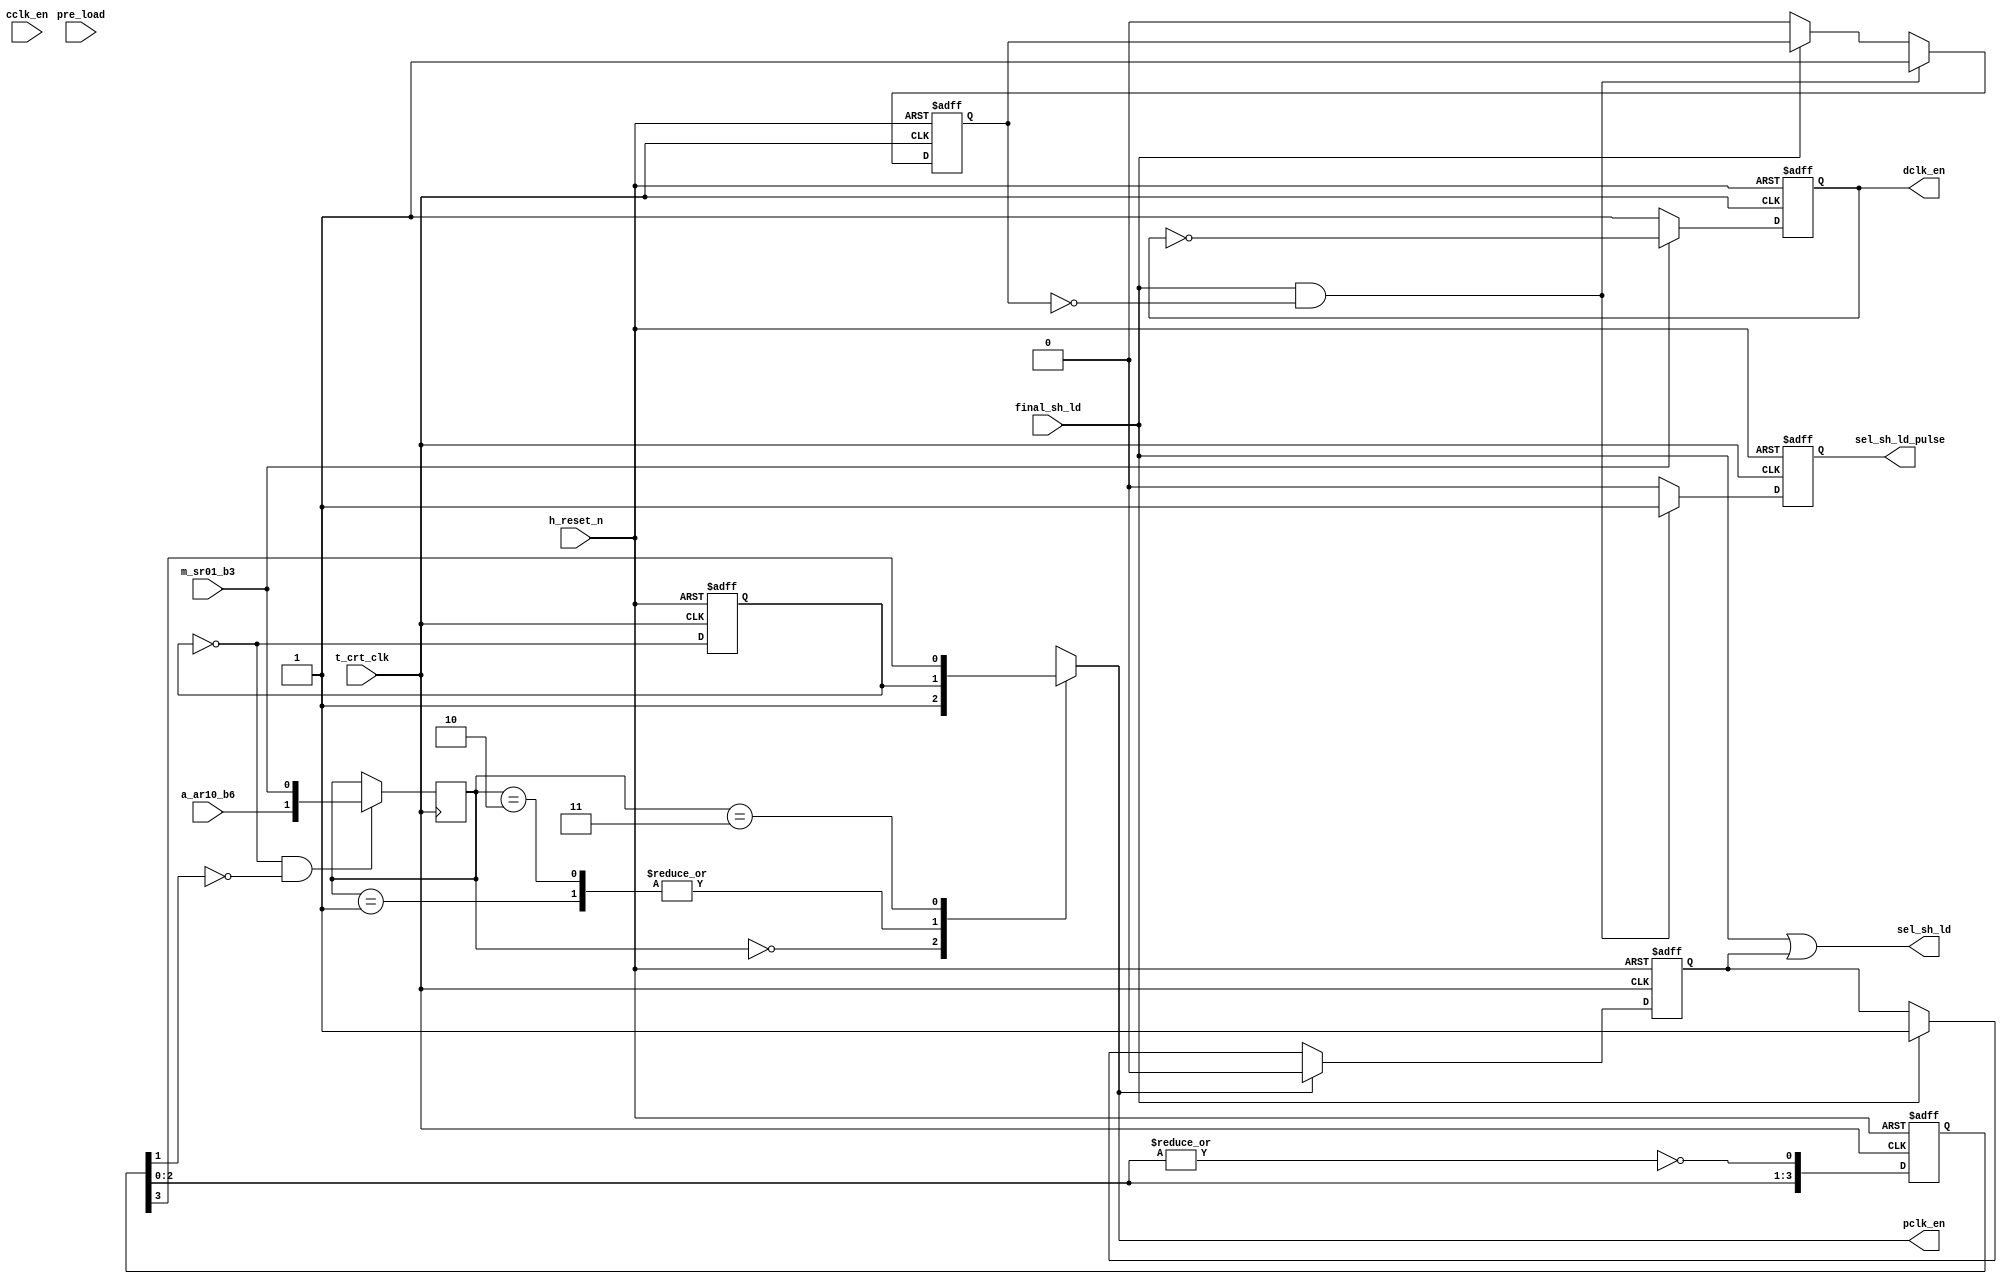
module clk_sel
    (
     input         h_reset_n,
     input         t_crt_clk,
     input         m_sr01_b3,       /* Dot clock divided by 2. 
				     * 1 -- 1/2  0 -- no division */
     input         a_ar10_b6,       // Pixel double clock select
     input         final_sh_ld,
     input 	   pre_load,        // unregistered version of final_sh_ld
     input 	   cclk_en,         // Enable signal for cclk
     
     output        sel_sh_ld,       // c_shift_ld pulse
     output reg    sel_sh_ld_pulse, // c_shift_ld pulse
     output reg    dclk_en,         // dot clock
     output reg    pclk_en          // pixel clock
     );
  
  reg [1:0] clk_sel_reg;
  reg 	    crt_2_clk_ff;   // t_crt_clk div 2 sync. w.r.t final_sh_ld
  reg [3:0] crt_4_clk_ff;
  reg 	    sel_sh_ld_pulse_store;
  reg 	    int_sh_ld_ff;   // final_sh_ld delayed t_crt_clk
  reg 	    sh_ld_ctl_ff;   // sh_ld gen. control signal
  reg 	    sel_sh_ld_reg;
  
  wire 	    sh_ld;          // final_sh_ld the width of one t_crt_clk
  wire 	    dclk_by_2 = m_sr01_b3;
  wire 	    crt_2_clk_ff_din;
  wire 	    crt_4_clk_ff_din;
  wire [1:0] clk_sel_ctl = { a_ar10_b6, dclk_by_2 } ;
  // 00 -- crt_clock
  // 01 -- crt_2_clk
  // 10 -- crt_2_clk
  // 11 -- crt_4_clk
  
  // Dotclock (dclk) is either 1x or 0.5x of the crt clk
  // The enable will be held high for 1x operation and toggled for 0.5x
  // operation
  always @(posedge t_crt_clk or negedge h_reset_n)
    if (!h_reset_n)     dclk_en <= 1'b0;
    else if (dclk_by_2) dclk_en <= ~dclk_en;
    else                dclk_en <= 1'b1;

  //Synchronous serializer shift pixel clock switch between 1X, 1/2X  and 1/4X 
  // of crt_clk.
  always @(posedge t_crt_clk) 
    if (~crt_2_clk_ff & ~crt_4_clk_ff[1]) clk_sel_reg <= clk_sel_ctl;

  always @*
    case (clk_sel_reg)
      2'd0: pclk_en = 1'b1;
      2'd1: pclk_en = crt_2_clk_ff;
      2'd2: pclk_en = crt_2_clk_ff;
      2'd3: pclk_en = crt_4_clk_ff[3];
    endcase // case(clk_sel_reg)
  
  // Generate sh_ld from final_sh_ld whose width is only one crt_clk.
  always @( posedge t_crt_clk or negedge h_reset_n )
    if(~h_reset_n)
      int_sh_ld_ff <= 1'b0;
    else
      int_sh_ld_ff <= final_sh_ld;
	 

  // Sync. dclk_by_2 w.r.t falling edge of final_sh_ld
  always @(posedge t_crt_clk or negedge h_reset_n)
    if(~h_reset_n)
      sh_ld_ctl_ff <= 1'b0;
    else if (pre_load & ~final_sh_ld & cclk_en)
      // This is equivalent to posedge of final_sh_ld (hopefully)
      sh_ld_ctl_ff <= dclk_by_2;
  
  assign     sh_ld = sh_ld_ctl_ff ? (int_sh_ld_ff & final_sh_ld) : final_sh_ld;
  
  // crt clock is divided by 2 to get crt_2_clk. crt_2_clk generation is sync.
  // w.r.t sh_ld.
  always @( posedge t_crt_clk or negedge h_reset_n )
    if(~h_reset_n)
      crt_2_clk_ff <= 1'b0;
    else
      crt_2_clk_ff <= ~crt_2_clk_ff;
  
  // crt clock is divided by 4 to get crt_2_clk. crt_2_clk generation is sync.
  // w.r.t sh_ld.
  always @( posedge t_crt_clk or negedge h_reset_n )
    if(~h_reset_n)
      crt_4_clk_ff <= 3'b0;
    else
      begin
	crt_4_clk_ff[0] <= ~|crt_4_clk_ff[2:0];
	crt_4_clk_ff[1] <= crt_4_clk_ff[0];
	crt_4_clk_ff[2] <= crt_4_clk_ff[1];
	crt_4_clk_ff[3] <= crt_4_clk_ff[2];
      end
  
  always @( posedge t_crt_clk or negedge h_reset_n )
    if(~h_reset_n) begin
      sel_sh_ld_reg <= 1'b0;
      sel_sh_ld_pulse <= 1'b0;
      sel_sh_ld_pulse_store <= 1'b0;
    end else begin
      if (pclk_en) sel_sh_ld_reg <= 1'b0;
      else if (final_sh_ld)  sel_sh_ld_reg <= 1'b1;

      if (final_sh_ld & ~sel_sh_ld_pulse_store) begin
	sel_sh_ld_pulse_store <= 1'b1;
	sel_sh_ld_pulse <= 1'b1;
      end else begin
	// This will hold the pulse signal until pclk_en has been generated
	sel_sh_ld_pulse <= 1'b0;
	if (~final_sh_ld) sel_sh_ld_pulse_store <= 1'b0;
      end
    end
  
  assign sel_sh_ld = final_sh_ld | sel_sh_ld_reg;
  
endmodule